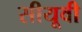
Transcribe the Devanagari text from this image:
सीयूवी